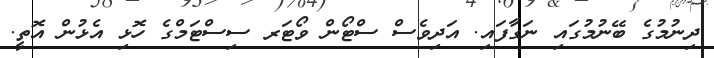
ދިނުމުގެ ބޭނުމުގައި ނަގާފައި. އަދިވެސް ސްޓޯން ވޯޓަރ ސިސްޓަމްގެ ހޮޅި އެޅުން އޮތީ.